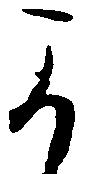
可